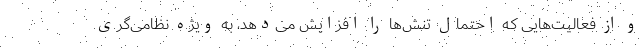
و از فعالیت‌هایی که احتمال تنش‌ها را افزایش می‌دهد، به ویژه نظامی‌گری